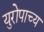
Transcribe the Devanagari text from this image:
युरोपाच्य